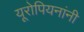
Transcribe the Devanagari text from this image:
यूरोपियनांनी